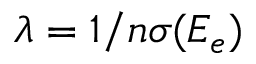
\lambda = 1 / n \sigma ( E _ { e } )